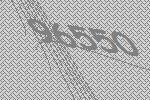
96550